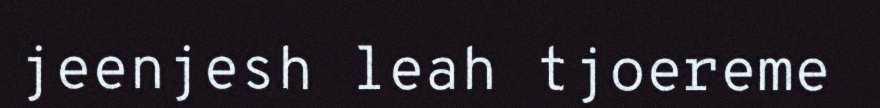
jeenjesh leah tjoereme